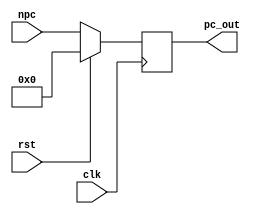
`timescale 1ns / 1ps
//////////////////////////////////////////////////////////////////////////////////
// Company: 
// Engineer: 
// 
// Design Name: 
// Module Name: ProgramCounter
// Project Name: 
// Target Devices: 
// Tool Versions: 
// Description: 
// 
// Dependencies: 
// 
// Revision:
// Revision 0.01 - File Created
// Additional Comments:
// 
//////////////////////////////////////////////////////////////////////////////////
module ProgramCounter(
    input clk,rst,//pc_write,
    input [31:0] npc,
	output reg [31:0] pc_out)
	;
    initial
    begin
        pc_out<=0;
    end
    always @ ( posedge clk )
        begin
          if (rst == 1)
    		  pc_out <= 32'h00000000;
    	  else
    	   begin
			//if (pc_write == 1)
				pc_out <= npc;
			end
			//$display("PC=%h",pc_out);
		end  	
endmodule